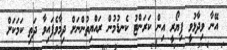
އޭނާ ވިދާޅުވީ ފިޔޯރީ އިން ކަރަންޓު ކެނޑުމުން ރައްޔިތުންނަށް ދިމާވެފައިވާ ދަތި ކަމަކަށް